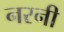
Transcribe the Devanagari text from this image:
नरनी